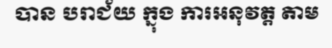
បាន បរាជ័យ ក្នុង ការអនុវត្ត តាម